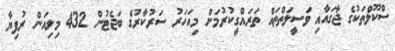
ސްކޫލްތަކުގެ ޖާގައާއި ވަސީލަތްތައް ތަރައްގީކުރުމަށް މިއަހަރު ސަރުކާރުގެ ބަޖެޓުން 432 މިލިއަން ރުފިޔާ